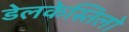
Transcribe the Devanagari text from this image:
डेलकेस्तिलो